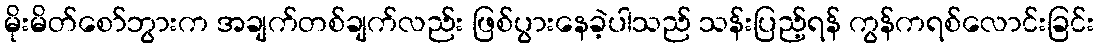
မိုးမိတ်စော်ဘွားက အချက်တစ်ချက်လည်း ဖြစ်ပွားနေခဲ့ပါသည် သန်းပြည့်ရန် ကွန်ကရစ်လောင်းခြင်း